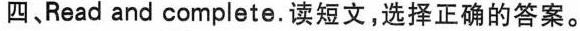
四、Read and complete.读短文,选择正确的答案.